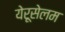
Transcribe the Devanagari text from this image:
येरूसेलम